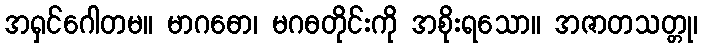
အရှင်ဂေါတမ။ မာဂဓော၊ မဂဓတိုင်းကို အစိုးရသော။ အဇာတသတ္တု၊